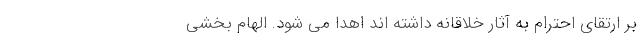
بر ارتقای احترام به آثار خلاقانه داشته اند اهدا می شود. الهام بخشی